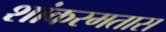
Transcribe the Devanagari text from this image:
शांकरमतास